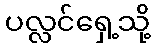
ပလ္လင်ရှေ့သို့